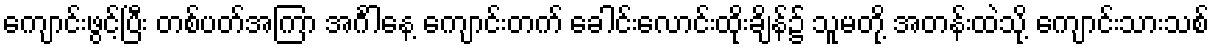
ကျောင်းဖွင့်ပြီး တစ်ပတ်အကြာ အင်္ဂါနေ့ ကျောင်းတက် ခေါင်းလောင်းထိုးချိန်၌ သူမတို့ အတန်းထဲသို့ ကျောင်းသားသစ်